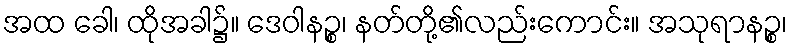
အထ ခေါ၊ ထိုအခါ၌။ ဒေဝါနဉ္စ၊ နတ်တို့၏လည်းကောင်း။ အသုရာနဉ္စ၊